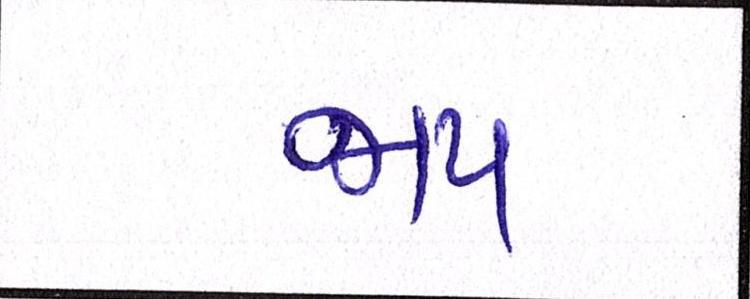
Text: જાપ